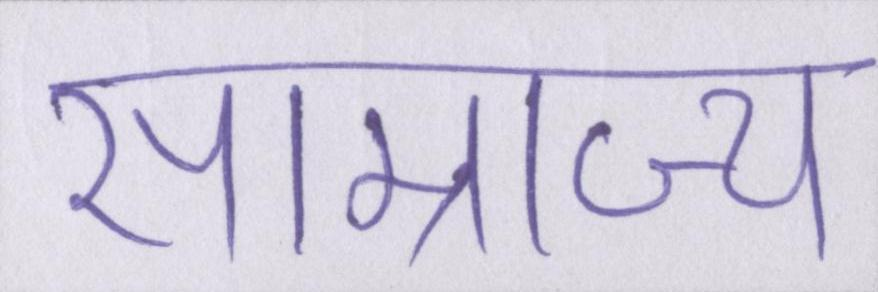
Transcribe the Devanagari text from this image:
साम्राज्य